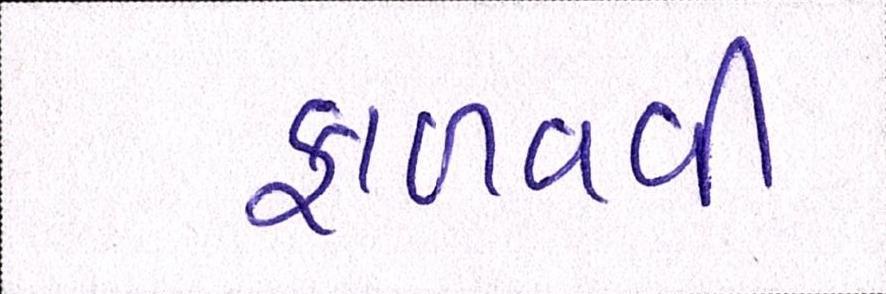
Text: ફાળવવી